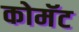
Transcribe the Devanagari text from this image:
कोमॅट